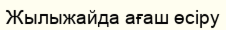
Жылыжайда ағаш өсіру